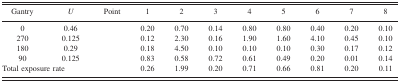
| Gantry | U | Point | 1 | 2 | 3 | 4 | 5 | 6 | 7 | 8 |
 | --- | --- | --- | --- | --- | --- | --- | --- | --- | --- | --- |
 | 0 | 0.46 |  | 0.20 | 0.70 | 0.14 | 0.80 | 0.80 | 0.40 | 0.20 | 0.10 |
 | 270 | 0.125 |  | 0.12 | 2.30 | 0.16 | 1.90 | 1.60 | 4.10 | 0.45 | 0.10 |
 | 180 | 0.29 |  | 0.18 | 4.50 | 0.10 | 0.10 | 0.10 | 0.30 | 0.17 | 0.12 |
 | 90 | 0.125 |  | 0.83 | 0.58 | 0.72 | 0.61 | 0.49 | 0.20 | 0.01 | 0.14 |
 | Total exposure rate |  |  | 0.26 | 1.99 | 0.20 | 0.71 | 0.66 | 0.81 | 0.20 | 0.11 |